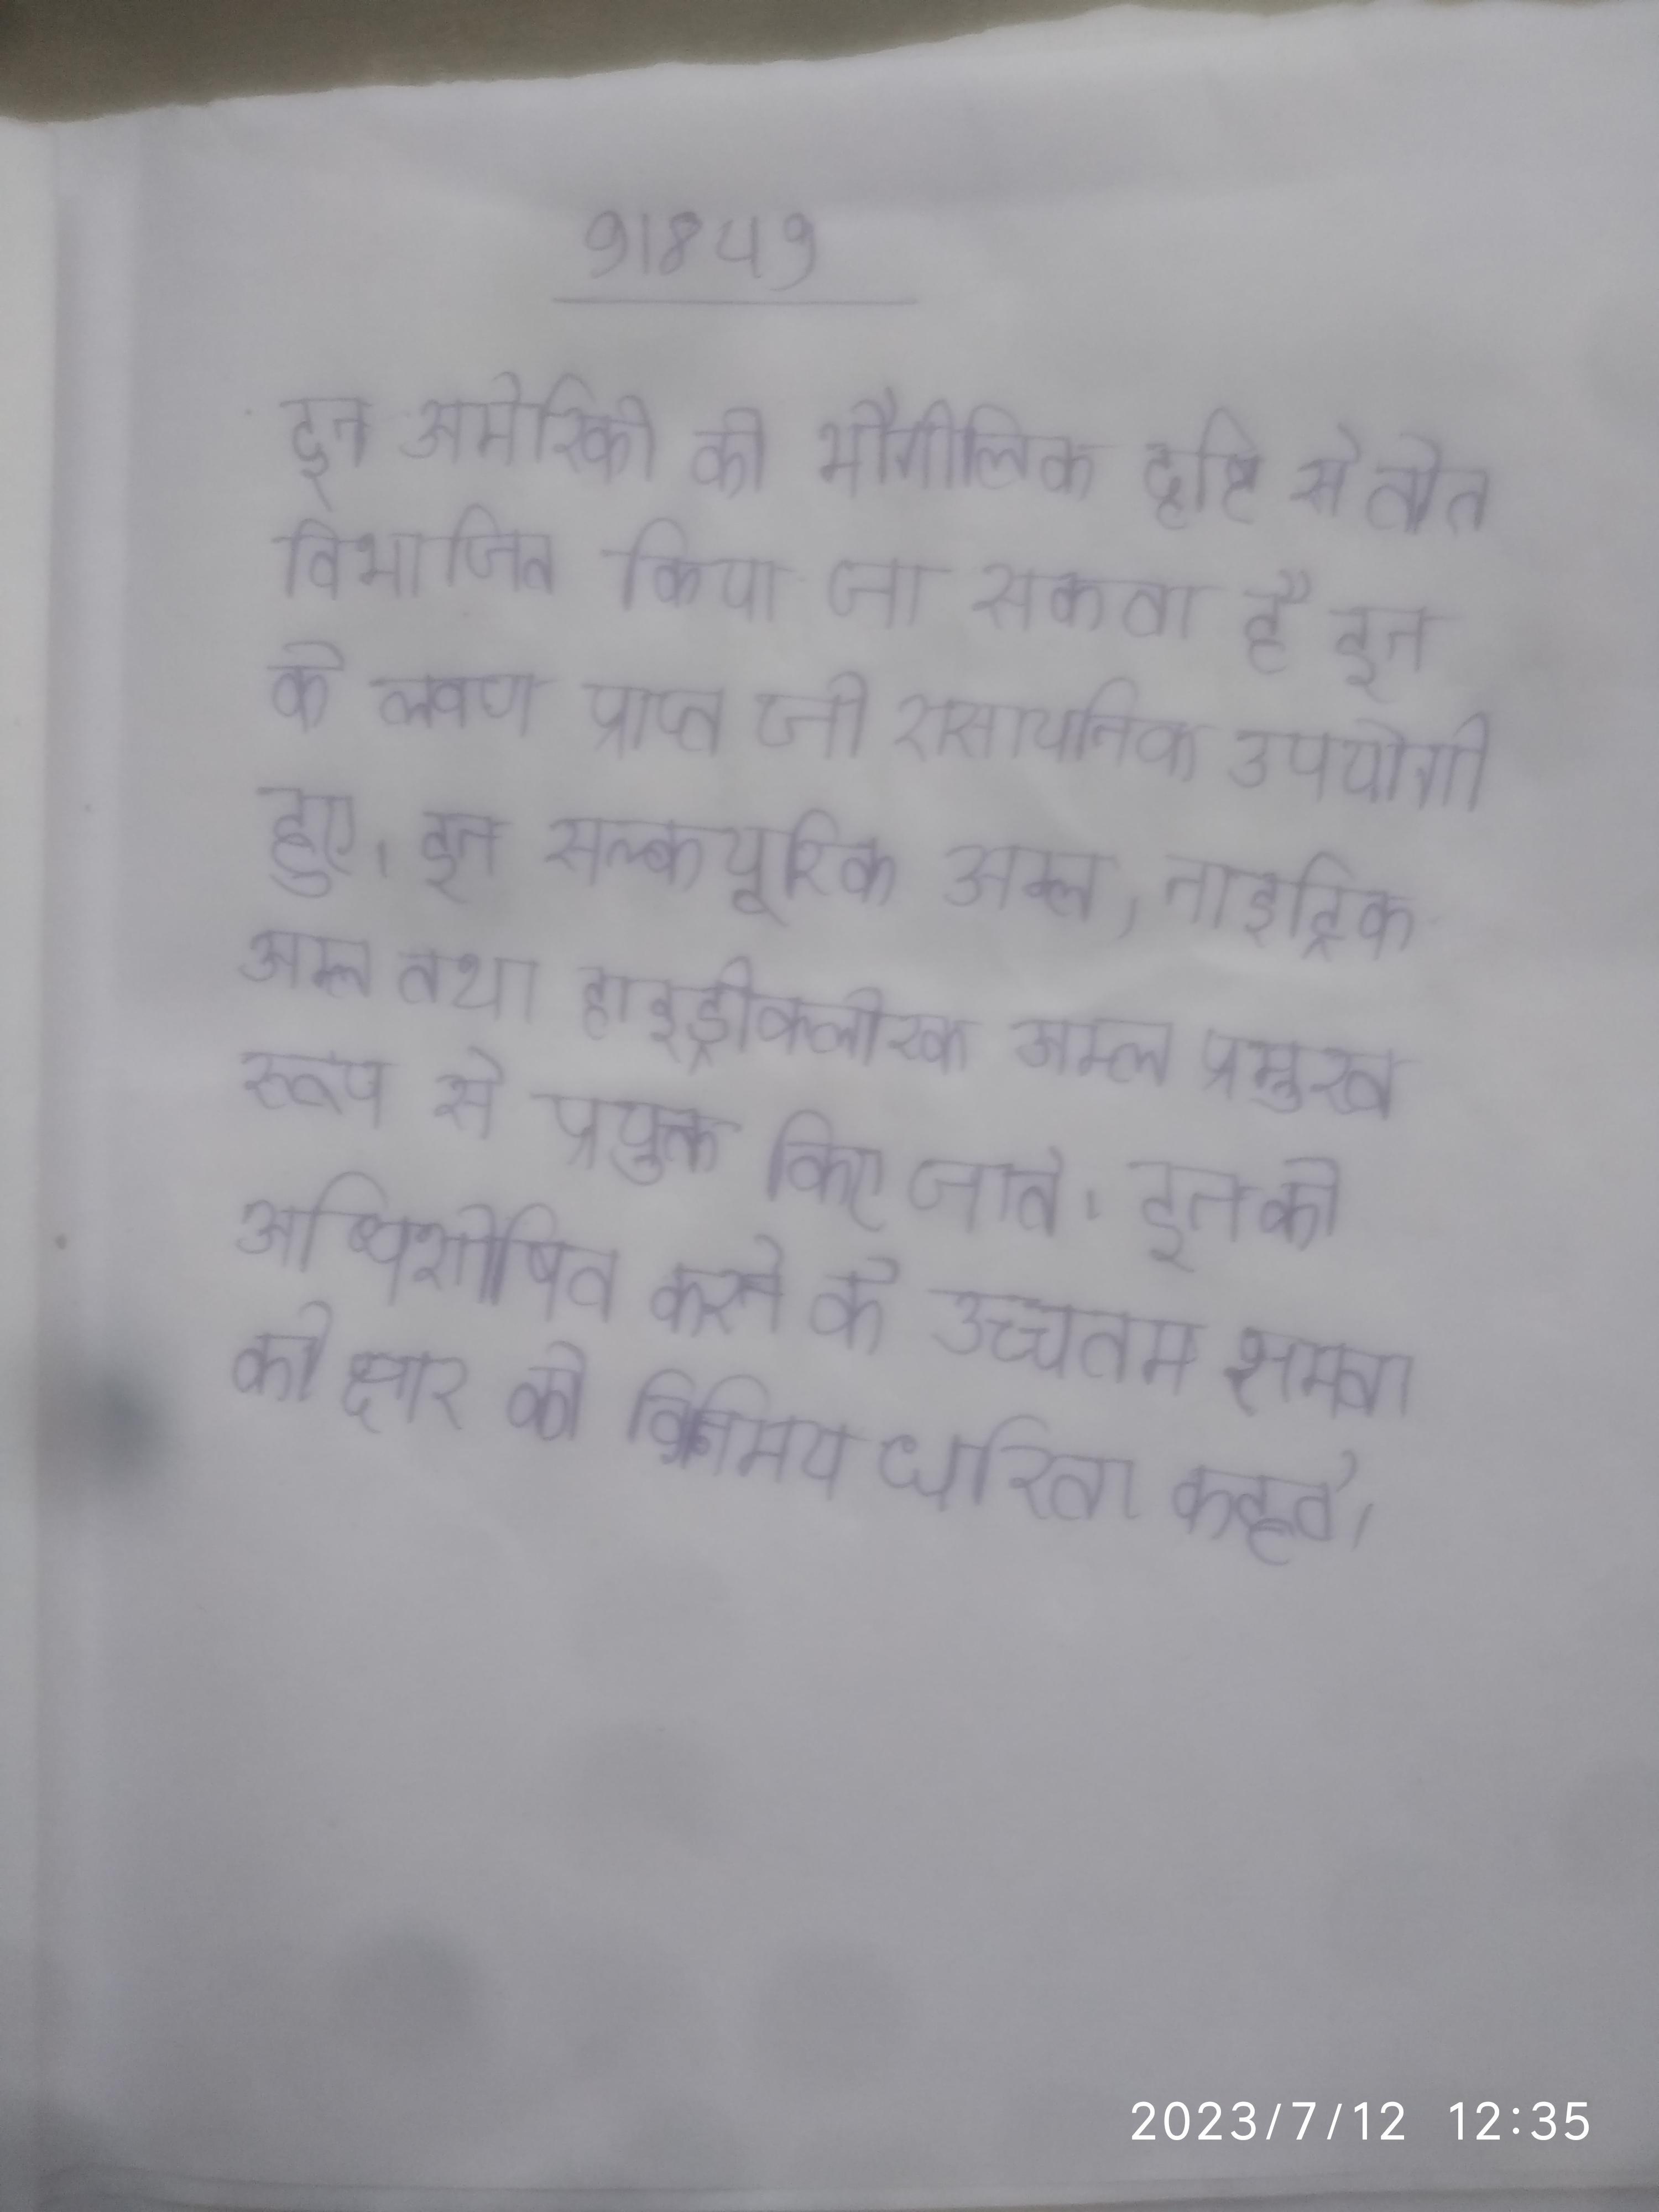
इन अमेरिकी को भौगोलिक दृष्टि से तीन विभाजित किया जा सकता है इन के लवण प्राप्त जो रासायनिक उपयोगी हुए । इन सल्फयूरिक अम्ल, नाइट्रिक अम्ल तथा हाइड्रोक्लोरिक अम्ल प्रमुख रूप से प्रयुक्त किए जाते । इन को अधिशोषित करने की उच्चतम क्षमता को क्षार की विनिमय धारिता कहते ।